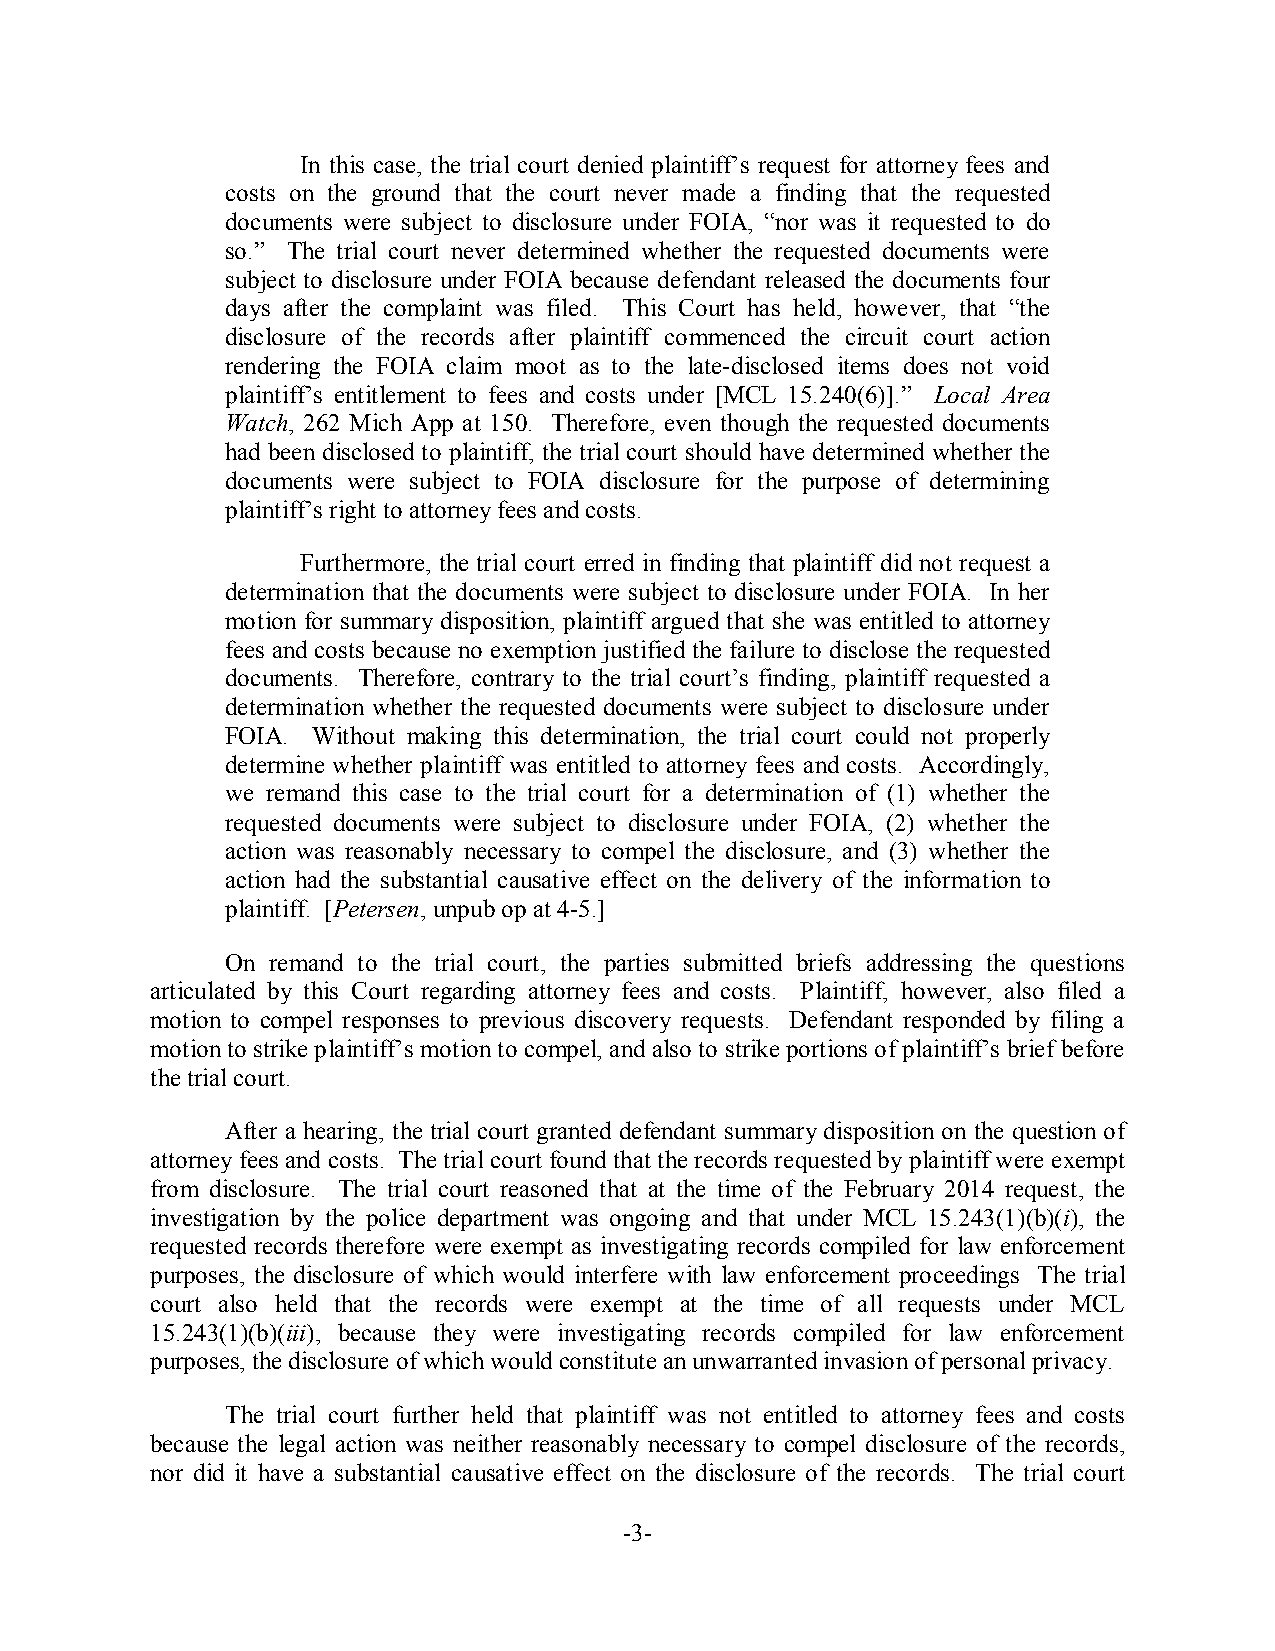
In this case, the trial court denied plaintiff’s request for attorney fees and
 costs on the ground that the court never made a finding that the requested
 documents were subject to disclosure under FOIA, “nor was it requested to do
 so.” The trial court never determined whether the requested documents were
 subject to disclosure under FOIA because defendant released the documents four
 days after the complaint was filed. This Court has held, however, that “the
 disclosure of the records after plaintiff commenced the circuit court action
 rendering the FOIA claim moot as to the late-disclosed items does not void
 plaintiff’s entitlement to fees and costs under [MCL 15.240(6)].” Local Area
 Watch, 262 Mich App at 150. Therefore, even though the requested documents
 had been disclosed to plaintiff, the trial court should have determined whether the
 documents were subject to FOIA disclosure for the purpose of determining
 plaintiff’s right to attorney fees and costs.
 Furthermore, the trial court erred in finding that plaintiff did not request a
 determination that the documents were subject to disclosure under FOIA. In her
 motion for summary disposition, plaintiff argued that she was entitled to attorney
 fees and costs because no exemption justified the failure to disclose the requested
 documents. Therefore, contrary to the trial court’s finding, plaintiff requested a
 determination whether the requested documents were subject to disclosure under
 FOIA. Without making this determination, the trial court could not properly
 determine whether plaintiff was entitled to attorney fees and costs. Accordingly,
 we remand this case to the trial court for a determination of (1) whether the
 requested documents were subject to disclosure under FOIA, (2) whether the
 action was reasonably necessary to compel the disclosure, and (3) whether the
 action had the substantial causative effect on the delivery of the information to
 plaintiff. [Petersen, unpub op at 4-5.]
 On remand to the trial court, the parties submitted briefs addressing the questions
 articulated by this Court regarding attorney fees and costs. Plaintiff, however, also filed a
 motion to compel responses to previous discovery requests. Defendant responded by filing a
 motion to strike plaintiff’s motion to compel, and also to strike portions of plaintiff’s brief before
 the trial court.
 After a hearing, the trial court granted defendant summary disposition on the question of
 attorney fees and costs. The trial court found that the records requested by plaintiff were exempt
 from disclosure. The trial court reasoned that at the time of the February 2014 request, the
 investigation by the police department was ongoing and that under MCL 15.243(1)(b)(i), the
 requested records therefore were exempt as investigating records compiled for law enforcement
 purposes, the disclosure of which would interfere with law enforcement proceedings The trial
 court also held that the records were exempt at the time of all requests under MCL
 15.243(1)(b)(iii), because they were investigating records compiled for law enforcement
 purposes, the disclosure of which would constitute an unwarranted invasion of personal privacy.
 The trial court further held that plaintiff was not entitled to attorney fees and costs
 because the legal action was neither reasonably necessary to compel disclosure of the records,
 nor did it have a substantial causative effect on the disclosure of the records. The trial court
 -3-